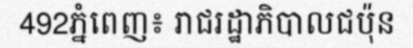
492ភ្នំពេញ៖ រាជរដ្ឋាភិបាលជប៉ុន